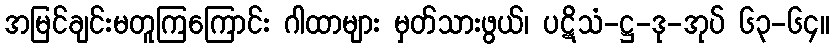
အမြင်ချင်းမတူကြကြောင်း ဂါထာများ မှတ်သားဖွယ်၊ ပဋိသံ-ဋ္ဌ-ဒု-အုပ် ၆၃-၆၄။